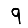
Digit: 9